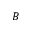
{ \cal B }